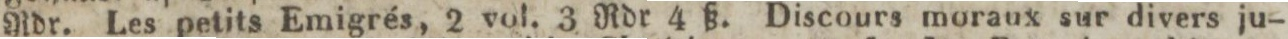
Rdr. Les petits Emigrés, 2 vol. 3 Rdr 4 ß. Discours moraux sur divers ju-